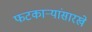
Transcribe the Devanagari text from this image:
फटकाऱ्यांसारखे